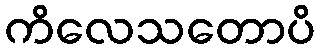
ကိလေသတောပိ